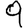
Digit: 9